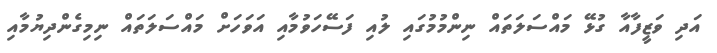
އަދި ވަޒީފާއާ ގުޅޭ މައްސަލަތައް ނިންމުމުގައި ލުއި ފަސޭހަވުމާއި އަވަހަށް މައްސަލަތައް ނިމިގެންދިޔުމާއި